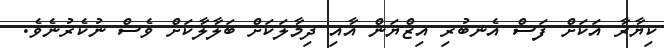
ކިޔާރާ އަކަށް ފަސް އެނބުރި އިޒްޔަން އާއި ދިމާލަކަށް ބަލާލާކަށް ވެސް ނުކެރުނެވެ.